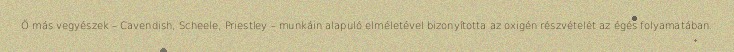
Ő más vegyészek – Cavendish, Scheele, Priestley – munkáin alapuló elméletével bizonyította az oxigén részvételét az égés folyamatában.